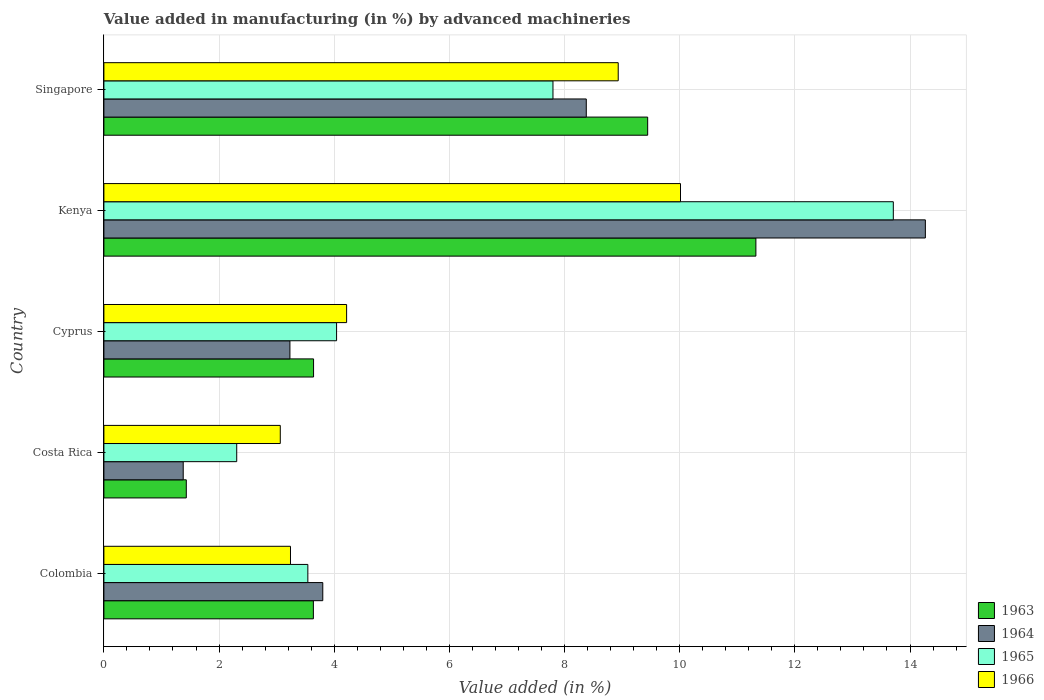
| Country | 1963 | 1964 | 1965 | 1966 |
 | --- | --- | --- | --- | --- |
 | Colombia | 3.64 | 3.8 | 3.54 | 3.24 |
 | Costa Rica | 1.43 | 1.38 | 2.31 | 3.06 |
 | Cyprus | 3.64 | 3.23 | 4.04 | 4.22 |
 | Kenya | 11.3 | 14.3 | 13.7 | 10 |
 | Singapore | 9.44 | 8.38 | 7.8 | 8.93 |